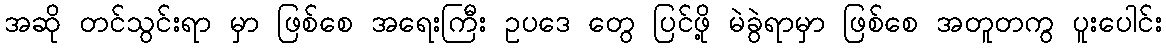
အဆို တင်သွင်းရာ မှာ ဖြစ်စေ အရေးကြီး ဥပဒေ တွေ ပြင်ဖို့ မဲခွဲရာမှာ ဖြစ်စေ အတူတကွ ပူးပေါင်း